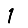
Digit: 1